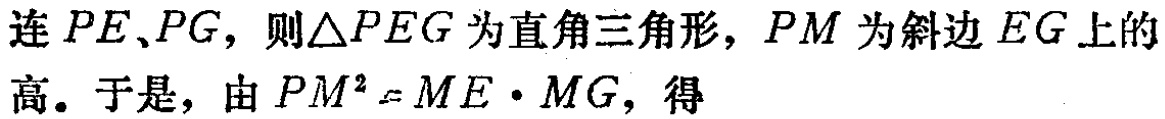
连 \(PE、PG\)，则\(\triangle PEG\)为直角三角形，\(PM\)为斜边 \(EG\)上的高。于是，由 \(PM^{2} = ME\cdot MG\)，得